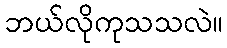
ဘယ်လိုကုသသလဲ။